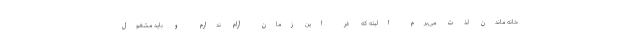
خانه ماندن لذت می‌برم البته که در این زمان آرام ندارم و باید مشغول